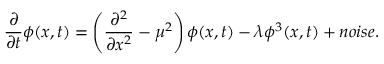
\frac { \partial } { \partial t } \phi ( x , t ) = \left( \frac { \partial ^ { 2 } } { \partial x ^ { 2 } } - \mu ^ { 2 } \right) \phi ( x , t ) - \lambda \phi ^ { 3 } ( x , t ) + n o i s e .